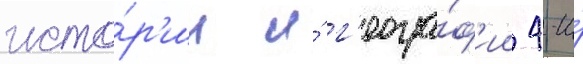
исто́р'ии и́ г'еогра́ф'ии 4-и́